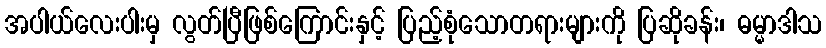
အပါယ်လေးပါးမှ လွတ်ပြီဖြစ်ကြောင်းနှင့် ပြည့်စုံသောတရားများကို ပြဆိုခန်း၊ ဓမ္မာဒါသ